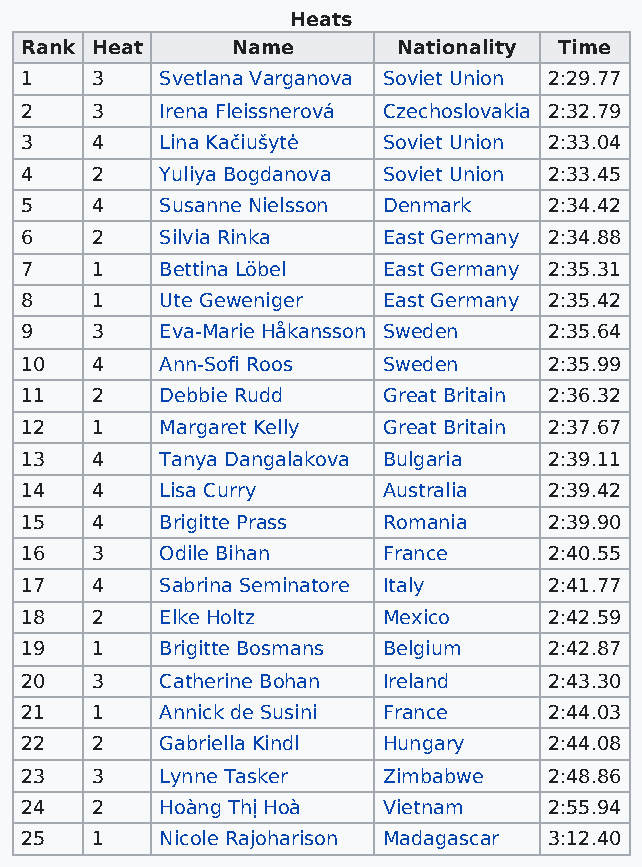
Heats
 Rank Heat     Name       Nationality Time
 1    3    Svetlana Varganova Soviet Union 2:29.77
 2    3    Irena Fleissnerová Czechoslovakia 2:32.79
 3    4    Lina Kačiušytė Soviet Union 2:33.04
 4    2    Yuliya Bogdanova Soviet Union 2:33.45
 5    4    Susanne Nielsson Denmark 2:34.42
 6    2    Silvia Rinka  East Germany 2:34.88
 7    1    Bettina Löbel East Germany 2:35.31
 8    1    Ute Geweniger East Germany 2:35.42
 9    3    Eva-Marie Håkansson Sweden 2:35.64
 10   4    Ann-Sofi Roos Sweden     2:35.99
 11   2    Debbie Rudd   Great Britain 2:36.32
 12   1    Margaret Kelly Great Britain 2:37.67
 13   4    Tanya Dangalakova Bulgaria 2:39.11
 14   4    Lisa Curry    Australia  2:39.42
 15   4    Brigitte Prass Romania   2:39.90
 16   3    Odile Bihan   France     2:40.55
 17   4    Sabrina Seminatore Italy 2:41.77
 18   2    Elke Holtz    Mexico     2:42.59
 19   1    Brigitte Bosmans Belgium 2:42.87
 20   3    Catherine Bohan Ireland  2:43.30
 21   1    Annick de Susini France  2:44.03
 22   2    Gabriella Kindl Hungary  2:44.08
 23   3    Lynne Tasker  Zimbabwe   2:48.86
 24   2    Hoàng Thị Hoà Vietnam    2:55.94
 25   1    Nicole Rajoharison Madagascar 3:12.40